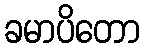
ခမာပိတော